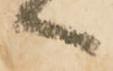
へ